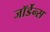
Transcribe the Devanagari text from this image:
जॉर्डेन्स